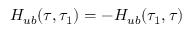
H _ { u b } ( \tau , \tau _ { 1 } ) = - H _ { u b } ( \tau _ { 1 } , \tau )